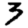
Digit: 3